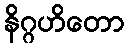
နိဂ္ဂဟိတော